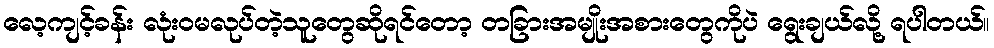
လေ့ကျင့်ခန်း လုံးဝမလုပ်တဲ့သူတွေဆိုရင်တော့ တခြားအမျိုးအစားတွေကိုပဲ ရွေးချယ်လို့ ရပါတယ်။